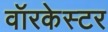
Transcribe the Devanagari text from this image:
वॉरकेस्टर